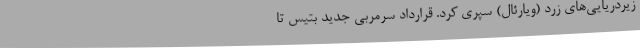
زیردریایی‌های زرد (ویارئال) سپری کرد. قرارداد سرمربی جدید بتیس تا